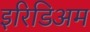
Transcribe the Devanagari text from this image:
इरिडिअम